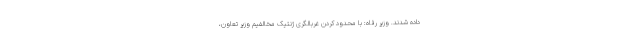
داده شدند. وزیر رفاه: با محدود کردن غربالگری ژنتیک مخالفیم وزیر تعاون،